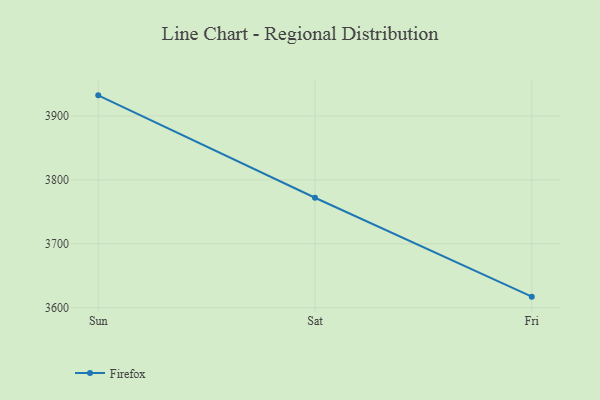
{"axis": {"x": "Day", "y": "Shipments"}, "legend": ["Firefox"], "data": [{"x": "Sun", "y": 3932.2, "type": "Firefox"}, {"x": "Sat", "y": 3772.0, "type": "Firefox"}, {"x": "Fri", "y": 3617.3, "type": "Firefox"}]}